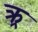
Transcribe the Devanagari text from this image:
क्र्र